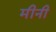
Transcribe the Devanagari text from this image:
मीनी